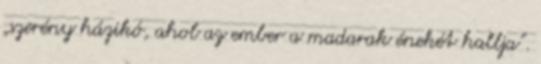
„szerény házikó, ahol az ember a madarak énekét hallja”.